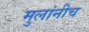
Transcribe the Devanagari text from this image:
मुलांनीच